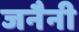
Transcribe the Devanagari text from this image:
जनैनी